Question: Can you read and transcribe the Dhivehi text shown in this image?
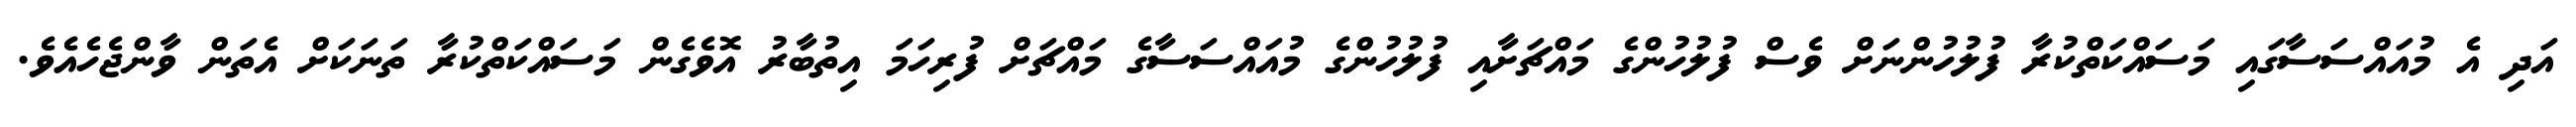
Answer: އަދި އެ މުއައްސަސާގައި މަސައްކަތްކުރާ ފުލުހުންނަށް ވެސް ފުލުހުންގެ މައްޗަށާއި ފުލުހުންގެ މުއައްސަސާގެ މައްޗަށް ފުރިހަމަ އިތުބާރު އޮވެގެން މަސައްކަތްކުރާ ތަނަކަށް އެތަން ވާންޖެހެއެވެ.